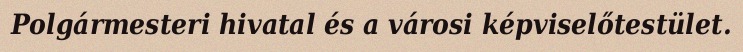
Polgármesteri hivatal és a városi képviselőtestület.